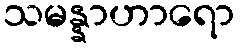
သမန္နာဟာရော